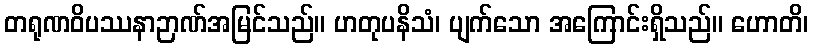
တရုဏဝိပဿနာဉာဏ်အမြင်သည်။ ဟတုပနိသံ၊ ပျက်သော အကြောင်းရှိသည်။ ဟောတိ၊